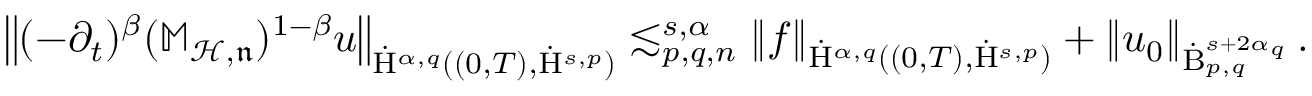
\begin{array} { r } { \left\lVert ( - \partial _ { t } ) ^ { \beta } ( \mathbb { M } _ { \mathcal { H , \mathfrak { n } } } ) ^ { 1 - \beta } u \right\rVert _ { \dot { \mathrm { H } } ^ { \alpha , q } ( ( 0 , T ) , \dot { \mathrm { H } } ^ { s , p } ) } \lesssim _ { p , q , n } ^ { s , \alpha } \left\lVert f \right\rVert _ { \dot { \mathrm { H } } ^ { \alpha , q } ( ( 0 , T ) , \dot { \mathrm { H } } ^ { s , p } ) } + \left\lVert u _ { 0 } \right\rVert _ { \dot { \mathrm { B } } _ { p , q } ^ { s + 2 \alpha _ { q } } } \mathrm { . ~ } } \end{array}